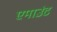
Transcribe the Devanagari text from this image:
एमाउंट